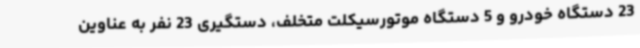
23 دستگاه خودرو و 5 دستگاه موتورسیکلت متخلف، دستگیری 23 نفر به عناوین